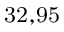
^ \mathrm { 3 2 , 9 5 }